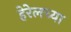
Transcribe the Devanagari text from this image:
हेरेलच्या